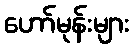
ဟော်မုန်းများ